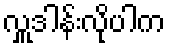
လှူဒါန်းလိုပါက